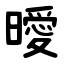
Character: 曖